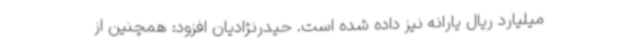
میلیارد ریال یارانه نیز داده شده است. حیدرنژادیان افزود: همچنین از